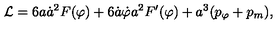
{ \cal L } = 6 a { \dot { a } } ^ { 2 } F ( \varphi ) + 6 { \dot { a } } { \dot { \varphi } } a ^ { 2 } F ^ { \prime } ( \varphi ) + a ^ { 3 } ( p _ { \varphi } + p _ { m } ) ,